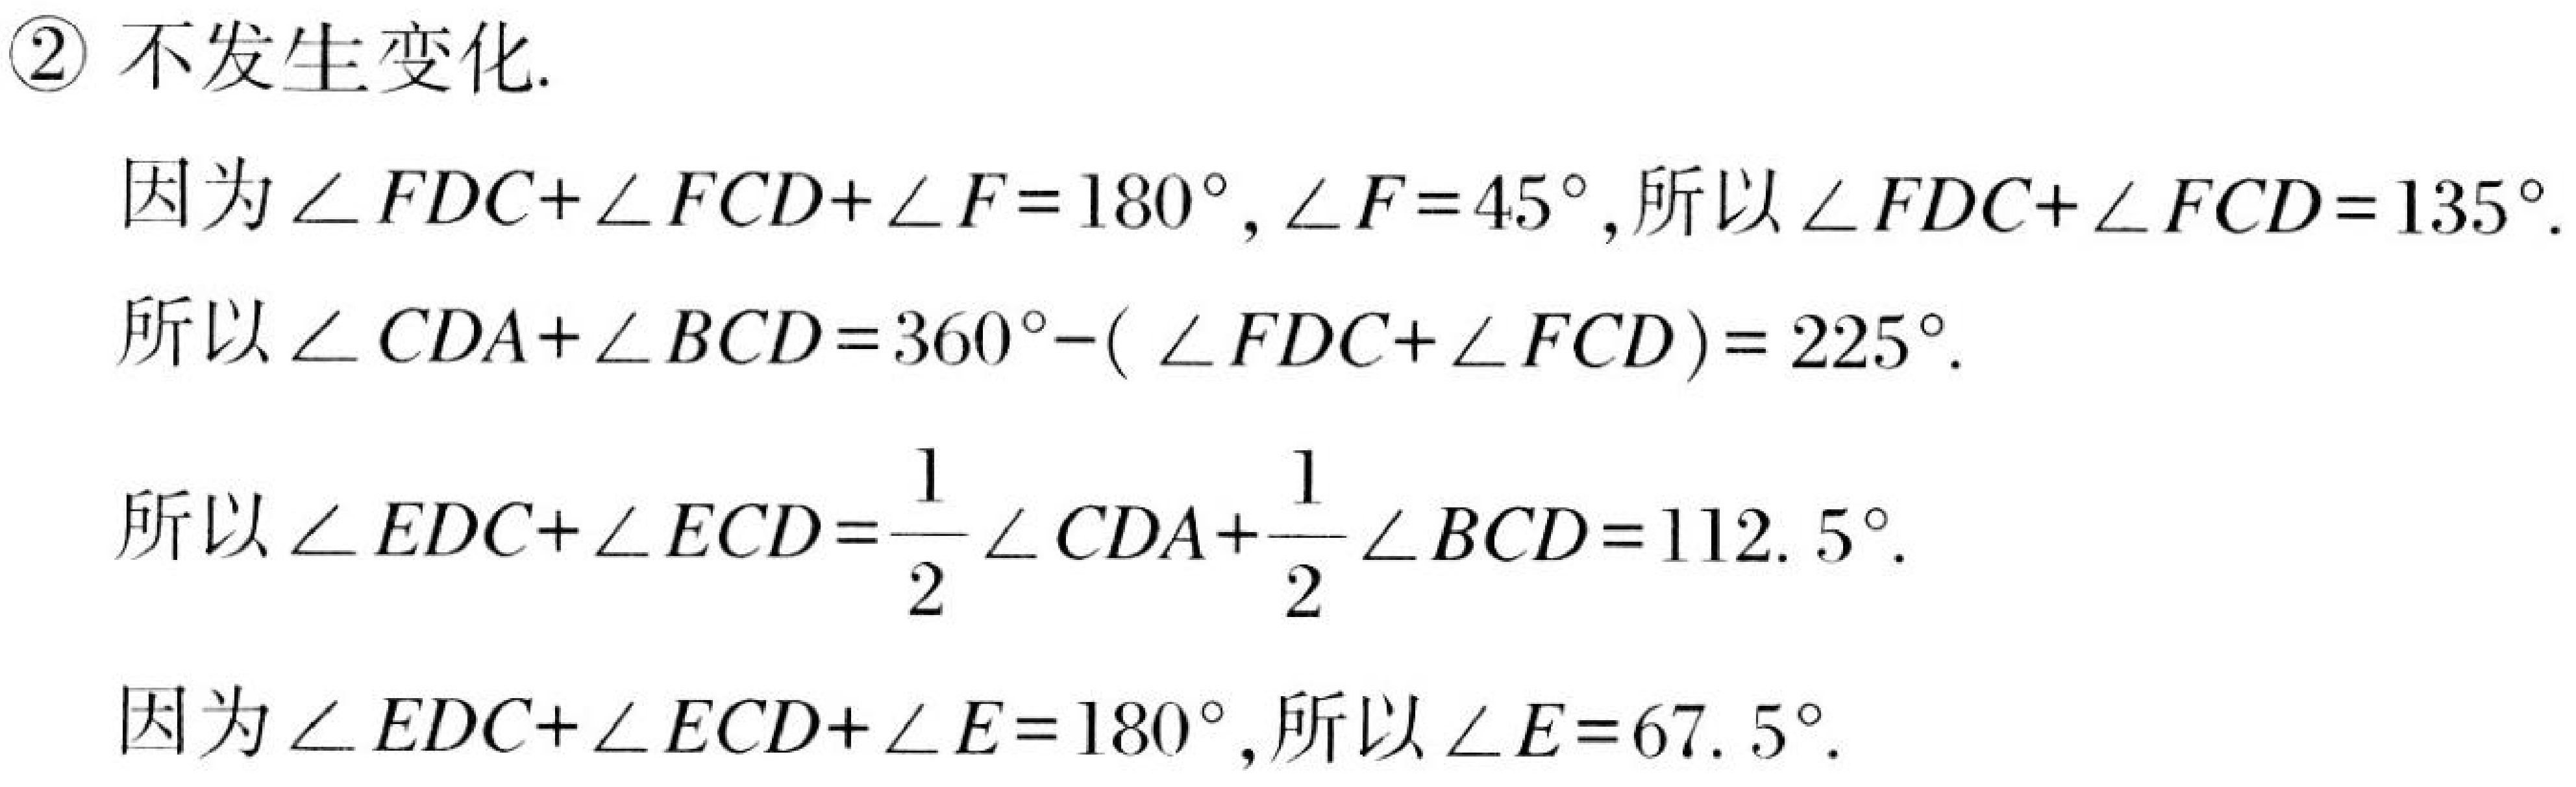
\textcircled{2} 不发生变化.
因为\(\angle FDC+\angle FCD+\angle F = 180^{\circ}\)，\(\angle F = 45^{\circ}\)，所以\(\angle FDC+\angle FCD = 135^{\circ}\).
所以\(\angle CDA+\angle BCD = 360^{\circ}-(\angle FDC+\angle FCD)=225^{\circ}\).
所以\(\angle EDC+\angle ECD=\frac{1}{2}\angle CDA+\frac{1}{2}\angle BCD = 112.5^{\circ}\).
因为\(\angle EDC+\angle ECD+\angle E = 180^{\circ}\)，所以\(\angle E = 67.5^{\circ}\).